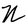
Character: N